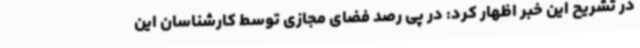
در تشریح این خبر اظهار کرد: در پی رصد فضای مجازی توسط کارشناسان این